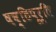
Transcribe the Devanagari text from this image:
षष्ठिपूर्ति